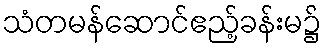
သံတမန်ဆောင်ဧည့်ခန်းမ၌